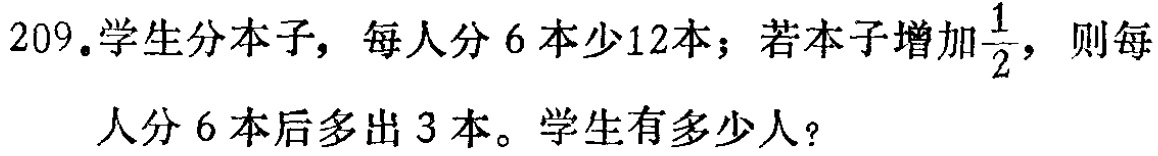
209.学生分本子，每人分6本少12本；若本子增加$\frac{1}{2}$，则每人分6本后多出3本。学生有多少人？